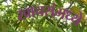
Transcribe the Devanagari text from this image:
खाचरांमध्ये